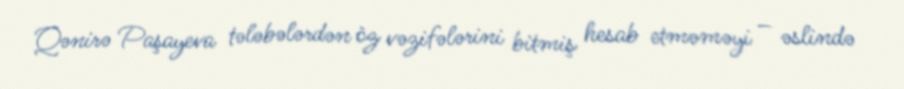
Qənirə Paşayeva tələbələrdən öz vəzifələrini bitmiş hesab etməməyi – əslində